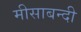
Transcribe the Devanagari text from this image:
मीसाबन्दी